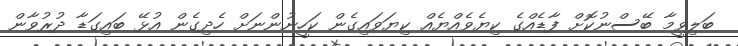
ބަލިވީމާ ބޭސްނުކޮށް ފާޑެއްގެ ކިޔެވެއްޔެއް ކިޔަވައިގެން ކަހީނުންނަށް ހެދިގެން އުޅޭ ބައިގަޑާ ދުރުވާން